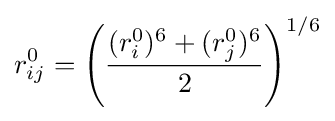
r_{ij}^{0}=\left({\frac {(r_{i}^{0})^{6}+(r_{j}^{0})^{6}}{2}}\right)^{1/6}